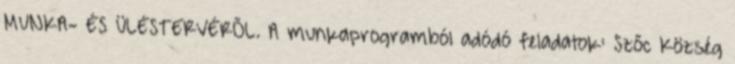
MUNKA- ÉS ÜLÉSTERVÉRŐL. A munkaprogramból adódó feladatok: Szőc Község